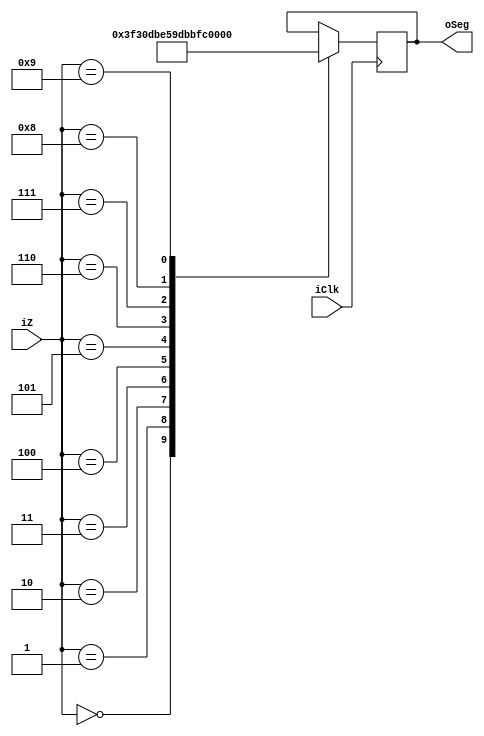
module BCD(
input [3:0]iZ,
input iClk,
output [6:0]oSeg
);
reg [6:0]roSeg_q;
reg [6:0]roSeg_d;

assign oSeg = roSeg_q;

always @ (posedge iClk)
begin
roSeg_q = roSeg_d;
end 

always @*
begin

case (iZ)      //  abcdefg
4'd0: begin roSeg_d = 7'b1111110; end
4'd1: begin roSeg_d = 7'b0110000; end
4'd2: begin roSeg_d = 7'b1101101; end
4'd3: begin roSeg_d = 7'b1111001; end
4'd4: begin roSeg_d = 7'b0110011; end
4'd5: begin roSeg_d = 7'b1011011; end
4'd6: begin roSeg_d = 7'b1011111; end
4'd7: begin roSeg_d = 7'b1110000; end
4'd8: begin roSeg_d = 7'b1111111; end
4'd09: begin roSeg_d =7'b1111011; end
default: begin roSeg_d = roSeg_q; end

endcase
end
 
endmodule